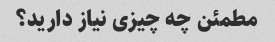
مطمئن چه چیزی نیاز دارید؟